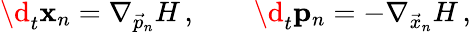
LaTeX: \begin{array}{r}{\d_{t}\mathbf{x}_{n}=\nabla_{\vec{p}_{n}}H\, ,\qquad\d_{t}\mathbf{p}_{n}=-\nabla_{\vec{x}_{n}}H\, ,}\end{array}